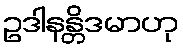
ဥဒါနန္တိဒမာဟု